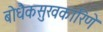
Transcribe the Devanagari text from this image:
बोधैकसुखकारिणे